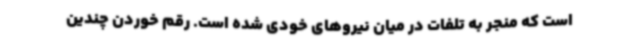
است که منجر به تلفات در میان نیروهای خودی شده است. رقم خوردن چندین